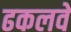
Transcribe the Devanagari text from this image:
ढकलवे